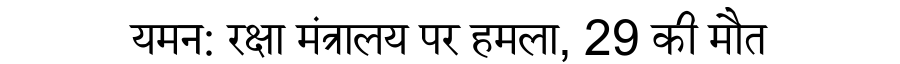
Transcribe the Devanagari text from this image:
यमन: रक्षा मंत्रालय पर हमला, 29 की मौत